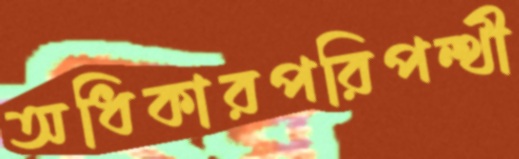
অধিকারপরিপন্থী